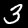
Digit: 3